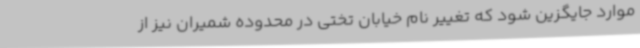
موارد جایگزین شود که تغییر نام خیابان تختی در محدوده شمیران نیز از